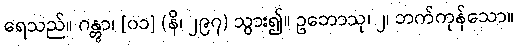
ရေသည်။ ဂန္တွာ၊ [၀၁] (နိ၊ ၂၉၇) သွား၍။ ဥဘောသု၊ ၂၊ ဘက်ကုန်သော။